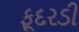
ફૂદરડી